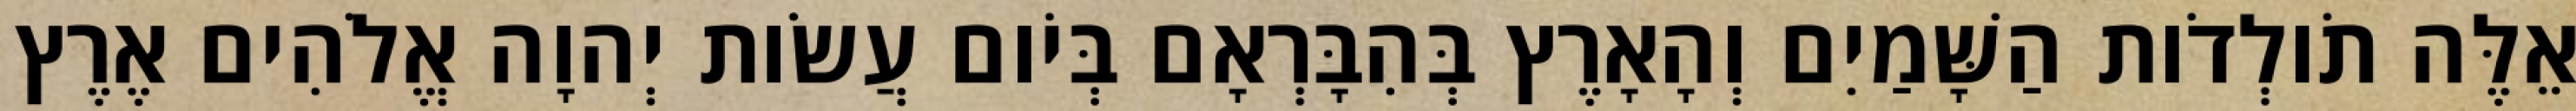
אֵלֶּה תֹולְדֹות הַשָּׁמַיִם וְהָאָרֶץ בְּהִבָּרְאָם בְּיֹום עֲשֹׂות יְהוָה אֱלֹהִים אֶרֶץ